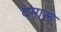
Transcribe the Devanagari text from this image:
दमारू